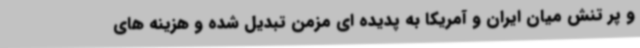
و پر تنش میان ایران و آمریکا به پدیده ای مزمن تبدیل شده و هزینه های